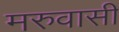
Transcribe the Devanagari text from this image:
मरुवासी